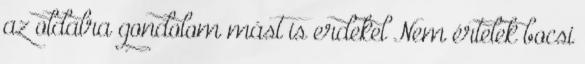
az oldalra gondolom mást is erdekel Nem értelek bocsi